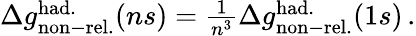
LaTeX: \begin{array}{r}{\Delta{g}_{\mathrm{non-rel.}}^{\mathrm{had.}}(ns)=\frac{1}{n^{3}}\Delta{g}_{\mathrm{non-rel.}}^{\mathrm{had.}}(1s)\, .}\end{array}